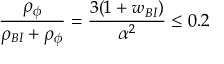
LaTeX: { \frac { \rho _ { \phi } } { \rho _ { B I } + \rho _ { \phi } } } = { \frac { 3 ( 1 + w _ { B I } ) } { \alpha ^ { 2 } } } \le 0 . 2